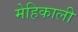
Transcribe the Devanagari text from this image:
मेहिकाली